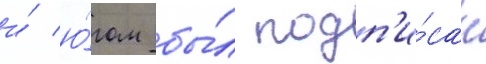
и́ ю́гом бы́л подп'и́сан